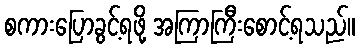
စကားပြောခွင့်ရဖို့ အကြာကြီးစောင့်ရသည်။